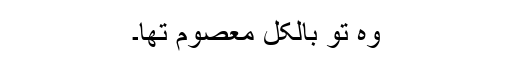
وہ تو بالکل معصوم تھا۔